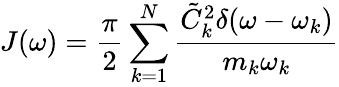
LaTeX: J(\omega)=\frac{\pi}{2}\sum_{k=1}^{N}\frac{\tilde{C}_{k}^{2}\delta(\omega-\omega_{k})}{m_{k}\omega_{k}}